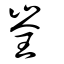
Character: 峑